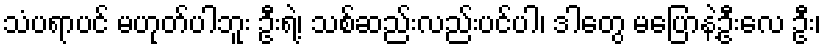
သံပရာပင် မဟုတ်ပါဘူး ဦးရဲ့၊ သစ်ဆည်းလည်းပင်ပါ၊ ဒါတွေ မပြောနဲ့ဦးလေ ဦး၊